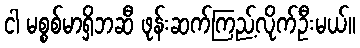
ငါ မစ္စစ်မာရှိဘဆီ ဖုန်းဆက်ကြည့်လိုက်ဦးမယ်။